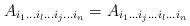
LaTeX: \begin{align*}A_{i_{1}\ldots i_{l}\ldots i_{j}\ldots i_{n}}=A_{i_{1}\ldots i_{j}\ldots i_{l}\ldots i_{n}}\end{align*}